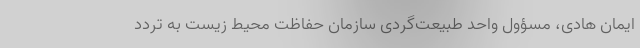
ایمان هادی، مسؤول واحد طبیعت‌گردی سازمان حفاظت محیط زیست به تردد